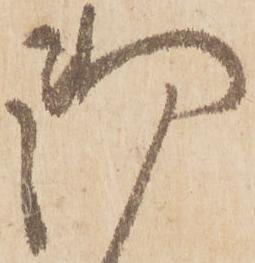
御